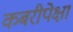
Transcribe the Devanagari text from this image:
कबरीपेक्षा